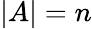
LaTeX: \vert A\vert=n